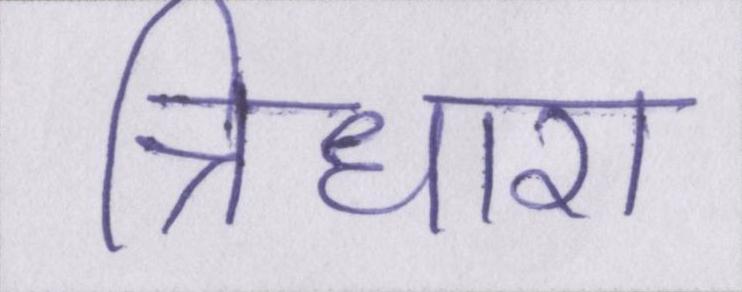
त्रिधारा